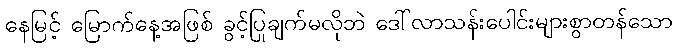
နေမြင့် မြောက်နေ့အဖြစ် ခွင့်ပြုချက်မလိုဘဲ ဒေါ်လာသန်းပေါင်းများစွာတန်သော